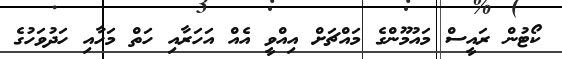
ކޯޓުން ރައީސް މައުމޫންގެ މައްޗަށް އިއްވީ އެއް އަހަރާއި ހަތް މަހާއި ހަދުވަހުގެ